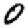
Digit: 0